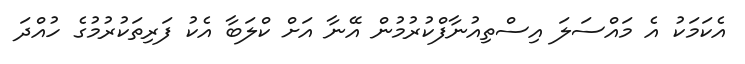
އެކަމަކު އެ މައްސަލަ އިސްތިއުނާފްކުރުމުން އޭނާ އަށް ކްލަބާ އެކު ފަރިތަކުރުމުގެ ހުއްދަ